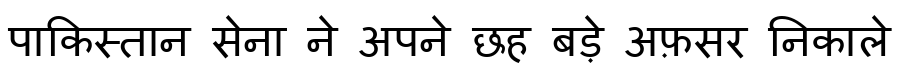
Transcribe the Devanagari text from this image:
पाकिस्तान सेना ने अपने छह बड़े अफ़सर निकाले